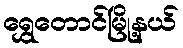
ရွှေတောင်မြို့နယ်